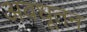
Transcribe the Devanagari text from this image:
अवधूतन